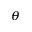
_ \theta